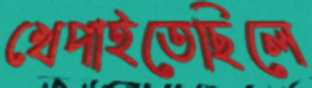
খেপাইতেছিলে